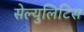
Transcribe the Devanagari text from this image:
सेल्युलिटिस